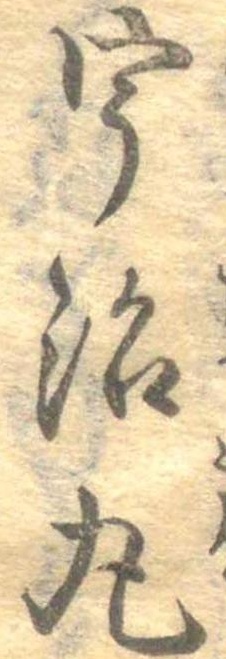
宇治丸